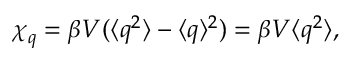
\chi _ { q } = \beta V ( \langle q ^ { 2 } \rangle - \langle q \rangle ^ { 2 } ) = \beta V \langle q ^ { 2 } \rangle ,